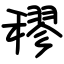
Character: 穋